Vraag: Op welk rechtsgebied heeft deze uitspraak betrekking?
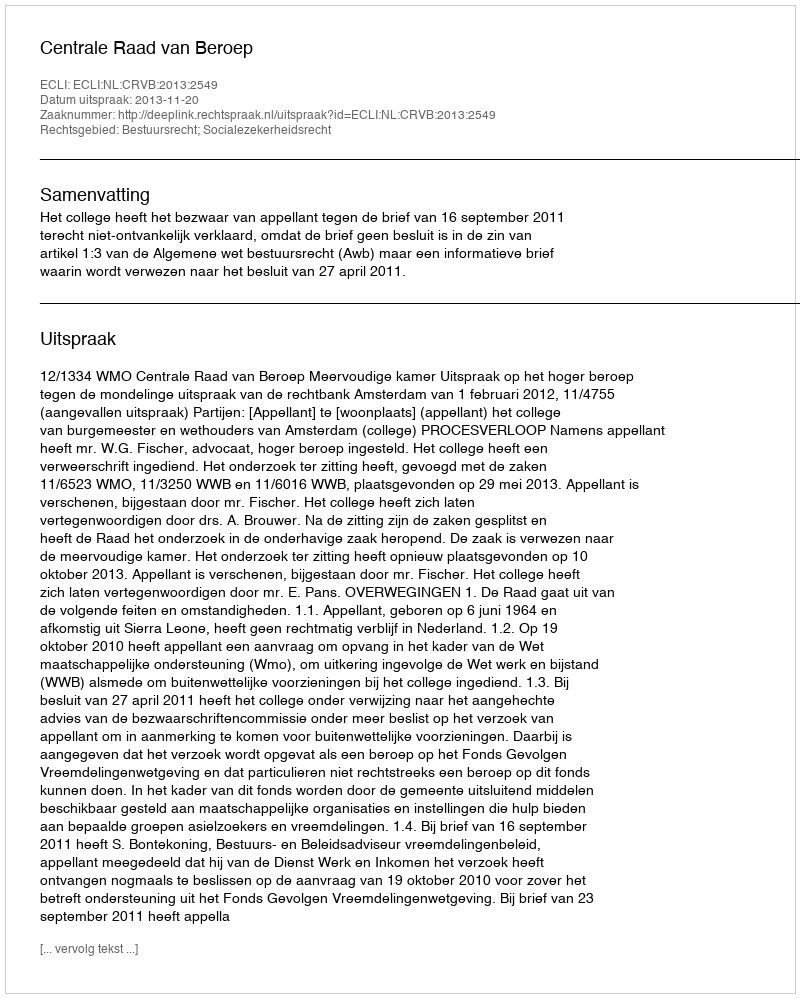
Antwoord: Bestuursrecht; Socialezekerheidsrecht